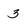
Character: 3